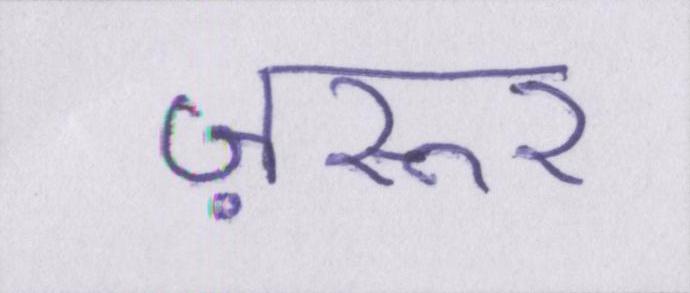
ज़रूर